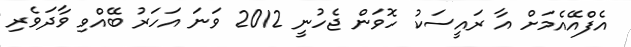
އެފްއޭއެމަށް އާ ރައީސަކު ހޮވަން ޖެހުނީ 2012 ވަނަ އަހަރު ބޭއްވި ވާދަވެރި